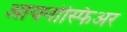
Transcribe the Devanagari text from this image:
आयनोस्फिअर